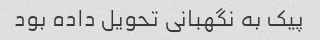
پیک به نگهبانی تحویل داده بود